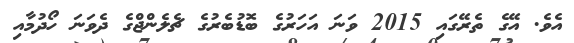
އެވެ. އޭގެ ތެރޭގައި 2015 ވަނަ އަހަރުގެ ބޮޑުބެރުގެ ޗެލެންޖްގެ ދެވަނަ ހޯދުމާއި